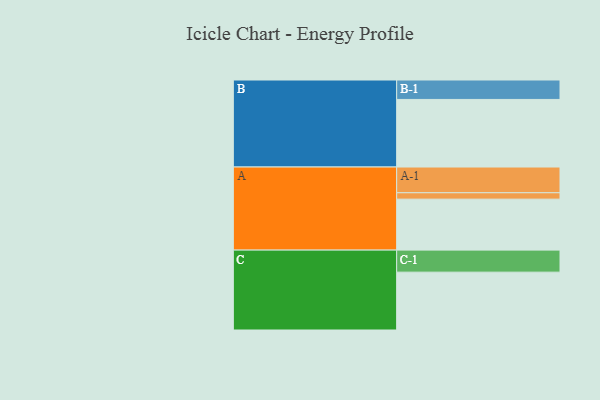
{"axis": {"x": "Segment", "y": "Value"}, "legend": ["", "A", "B", "C"], "data": [{"x": "A", "y": 414, "type": ""}, {"x": "B", "y": 549, "type": ""}, {"x": "C", "y": 470, "type": ""}, {"x": "A-1", "y": 209, "type": "A"}, {"x": "A-2", "y": 52, "type": "A"}, {"x": "B-1", "y": 158, "type": "B"}, {"x": "C-1", "y": 179, "type": "C"}]}